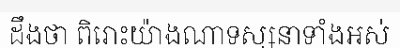
ដឹងថា ពិរោះយ៉ាងណាទស្សនាទាំងអស់